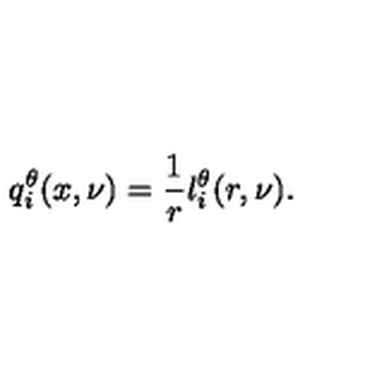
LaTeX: q _ { i } ^ { \theta } ( x , \nu ) = \frac { 1 } { r } l _ { i } ^ { \theta } ( r , \nu ) .